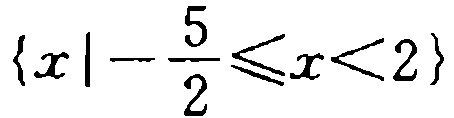
$\{x\mid -\frac{5}{2}\leqslant x<2\}$